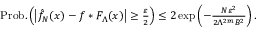
\begin{array} { r } { \mathrm { P r o b . } \left( \left| \hat { f } _ { N } ( x ) - f * F _ { \Lambda } ( x ) \right| \ge \frac { \varepsilon } { 2 } \right) \le 2 \exp \left( - \frac { N \varepsilon ^ { 2 } } { 2 \Lambda ^ { 2 m } B ^ { 2 } } \right) . } \end{array}